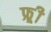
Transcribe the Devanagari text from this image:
फ्र्र्र्री